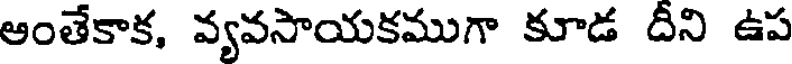
ఆంతేకాక, వ్యవసాయకముగా కూడ దీని ఉప